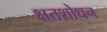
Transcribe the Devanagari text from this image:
क्षतशोधन